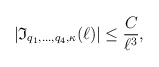
\begin{align*}|\mathfrak{I}_{q_1,\ldots, q_4, \kappa}(\ell)|\leq \frac{C}{\ell^ {3}},\end{align*}